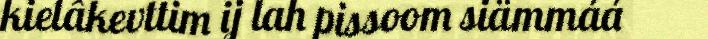
kielâkevttim ij lah pissoom siämmáá